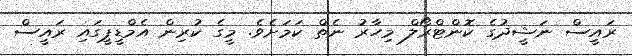
ރައީސް ނަޝީދުގެ ކޮންޓްރޯލް މިހާރު ނެތް ކަމަށެވެ. މީގެ ކުރިން އެމްޑީޕީގައި ރައީސް